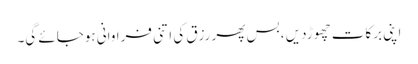
اپنی برکات چھوڑدیں ، بس پھر رزق کی اتنی فراوانی ہوجائے گی۔